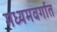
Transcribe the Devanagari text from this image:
मध्यमवर्गात